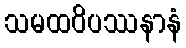
သမထဝိပဿနာနံ